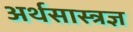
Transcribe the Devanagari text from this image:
अर्थसास्त्रज्ञ